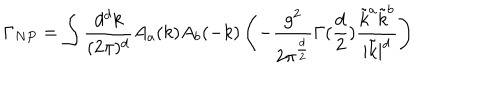
LaTeX: \Gamma _ { N P } = \int { \frac { d ^ { d } k } { ( 2 \pi ) ^ { d } } } A _ { a } ( k ) A _ { b } ( - k ) \left( - { \frac { g ^ { 2 } } { 2 \pi ^ { \frac { d } { 2 } } } } \Gamma ( { \frac { d } { 2 } } ) { \frac { \tilde { k } ^ { a } \tilde { k } ^ { b } } { | \tilde { k } | ^ { d } } } \right)